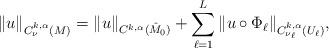
LaTeX: \begin{align*}\|u\|_{C^{k,\alpha}_\nu(M)} = \|u\|_{C^{k,\alpha}(\hat{M}_0)} + \sum_{\ell = 1}^L \|u \circ \Phi_\ell\|_{C^{k,\alpha}_{\nu_\ell}(U_\ell)},\end{align*}